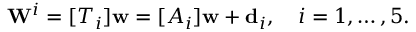
\mathbf { W } ^ { i } = [ T _ { i } ] \mathbf { w } = [ A _ { i } ] \mathbf { w } + \mathbf { d } _ { i } , \quad i = 1 , \ldots , 5 .